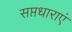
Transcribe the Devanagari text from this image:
सप्तधाराएं